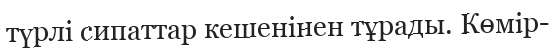
түрлі сипаттар кешенінен тұрады. Көмір-